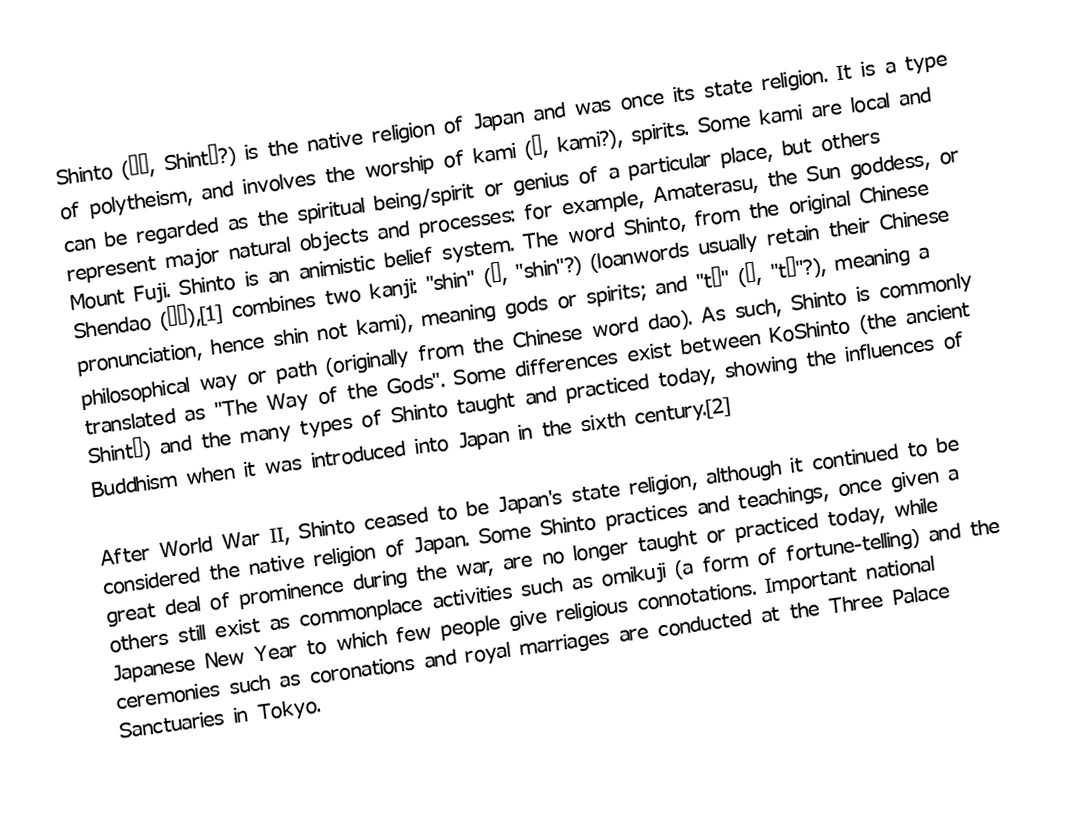
Shinto (神道, Shintō?) is the native religion of Japan and was once its state religion. It is a type of polytheism, and involves the worship of kami (神, kami?), spirits. Some kami are local and can be regarded as the spiritual being/spirit or genius of a particular place, but others represent major natural objects and processes: for example, Amaterasu, the Sun goddess, or Mount Fuji. Shinto is an animistic belief system. The word Shinto, from the original Chinese Shendao (神道),[1] combines two kanji: "shin" (神, "shin"?) (loanwords usually retain their Chinese pronunciation, hence shin not kami), meaning gods or spirits; and "tō" (道, "tō"?), meaning a philosophical way or path (originally from the Chinese word dao). As such, Shinto is commonly translated as "The Way of the Gods". Some differences exist between KoShinto (the ancient Shintō) and the many types of Shinto taught and practiced today, showing the influences of Buddhism when it was introduced into Japan in the sixth century.[2]

After World War II, Shinto ceased to be Japan's state religion, although it continued to be considered the native religion of Japan. Some Shinto practices and teachings, once given a great deal of prominence during the war, are no longer taught or practiced today, while others still exist as commonplace activities such as omikuji (a form of fortune-telling) and the Japanese New Year to which few people give religious connotations. Important national ceremonies such as coronations and royal marriages are conducted at the Three Palace Sanctuaries in Tokyo.